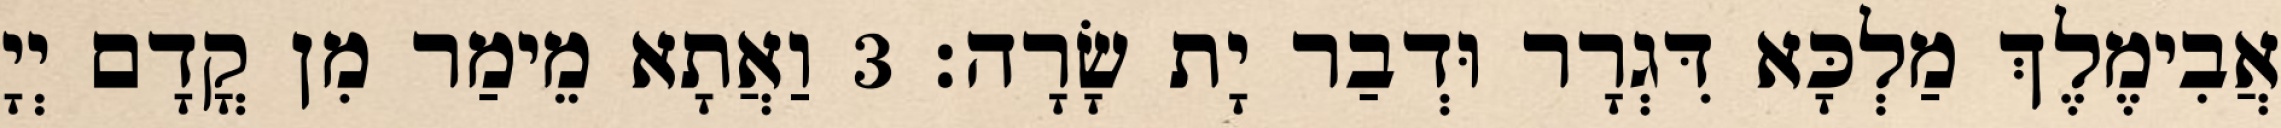
אֲבִימֶלֶךְ מַלְכָּא דִּגְרָר וּדְבַר יָת שָׂרָה׃ 3 וַאֲתָא מֵימַר מִן קֳדָם יְיָ